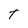
Character: T